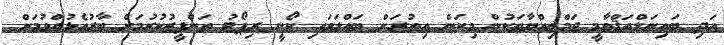
އަދި ބައިނަލްއަޤްވާމީ ޖަމްޢިއްޔާތަކުން މިކަން އިތުރަށް ބައްލަވައި ކޯނީ ރިޕޯޓު ތަންފީޒުކުރުމަށް ބާރުއެޅުއްވުމަށް